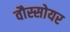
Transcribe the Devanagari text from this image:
वौस्सोयर